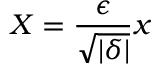
X = \frac { \epsilon } { \sqrt { | \delta | } } x